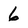
Character: 6